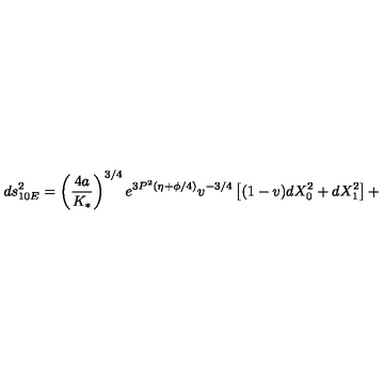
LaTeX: d s _ { 1 0 E } ^ { 2 } = \left( \frac { 4 a } { K _ { * } } \right) ^ { 3 / 4 } e ^ { 3 P ^ { 2 } ( \eta + \phi / 4 ) } v ^ { - 3 / 4 } \left[ ( 1 - v ) d X _ { 0 } ^ { 2 } + d X _ { 1 } ^ { 2 } \right] +